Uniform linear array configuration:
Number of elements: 64
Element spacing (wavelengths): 0.5
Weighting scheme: kaiser
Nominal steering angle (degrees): -45
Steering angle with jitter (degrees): -46.294
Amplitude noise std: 0.05
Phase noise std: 0.05

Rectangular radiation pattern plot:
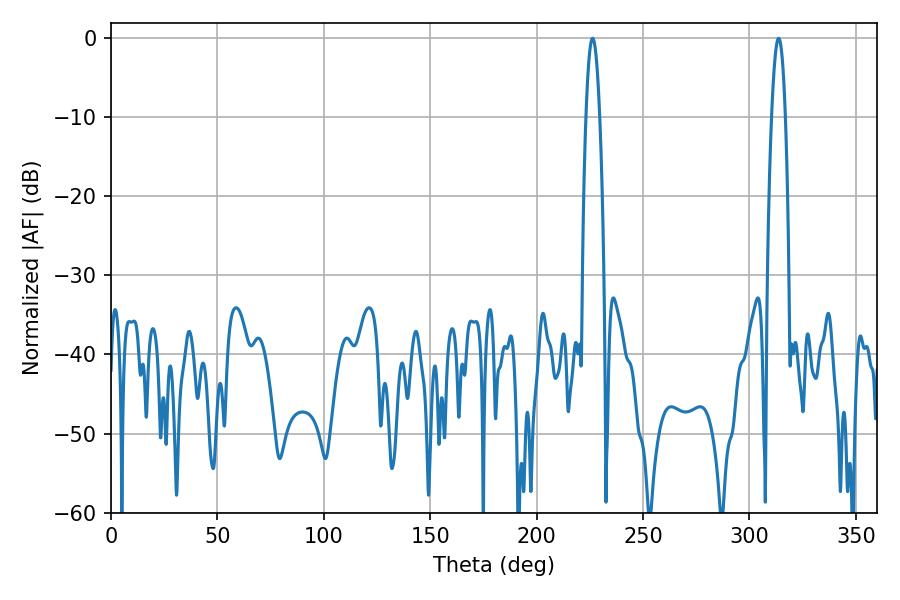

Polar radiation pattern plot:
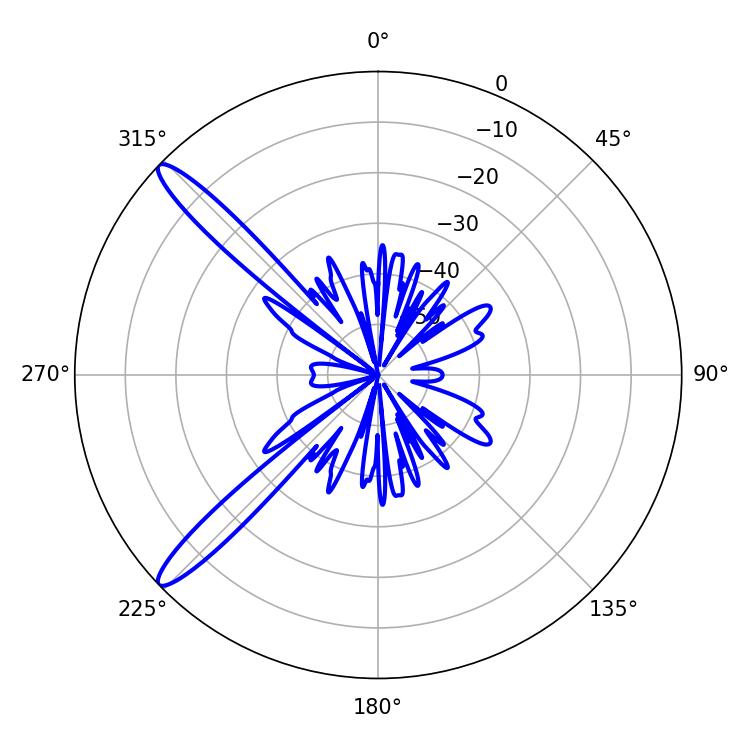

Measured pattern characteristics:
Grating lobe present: FALSE
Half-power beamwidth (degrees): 3.42
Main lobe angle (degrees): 226.26